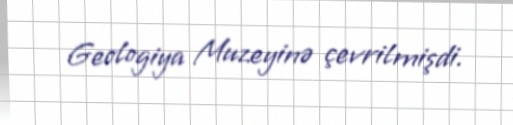
Geologiya Muzeyinə çevrilmişdi.